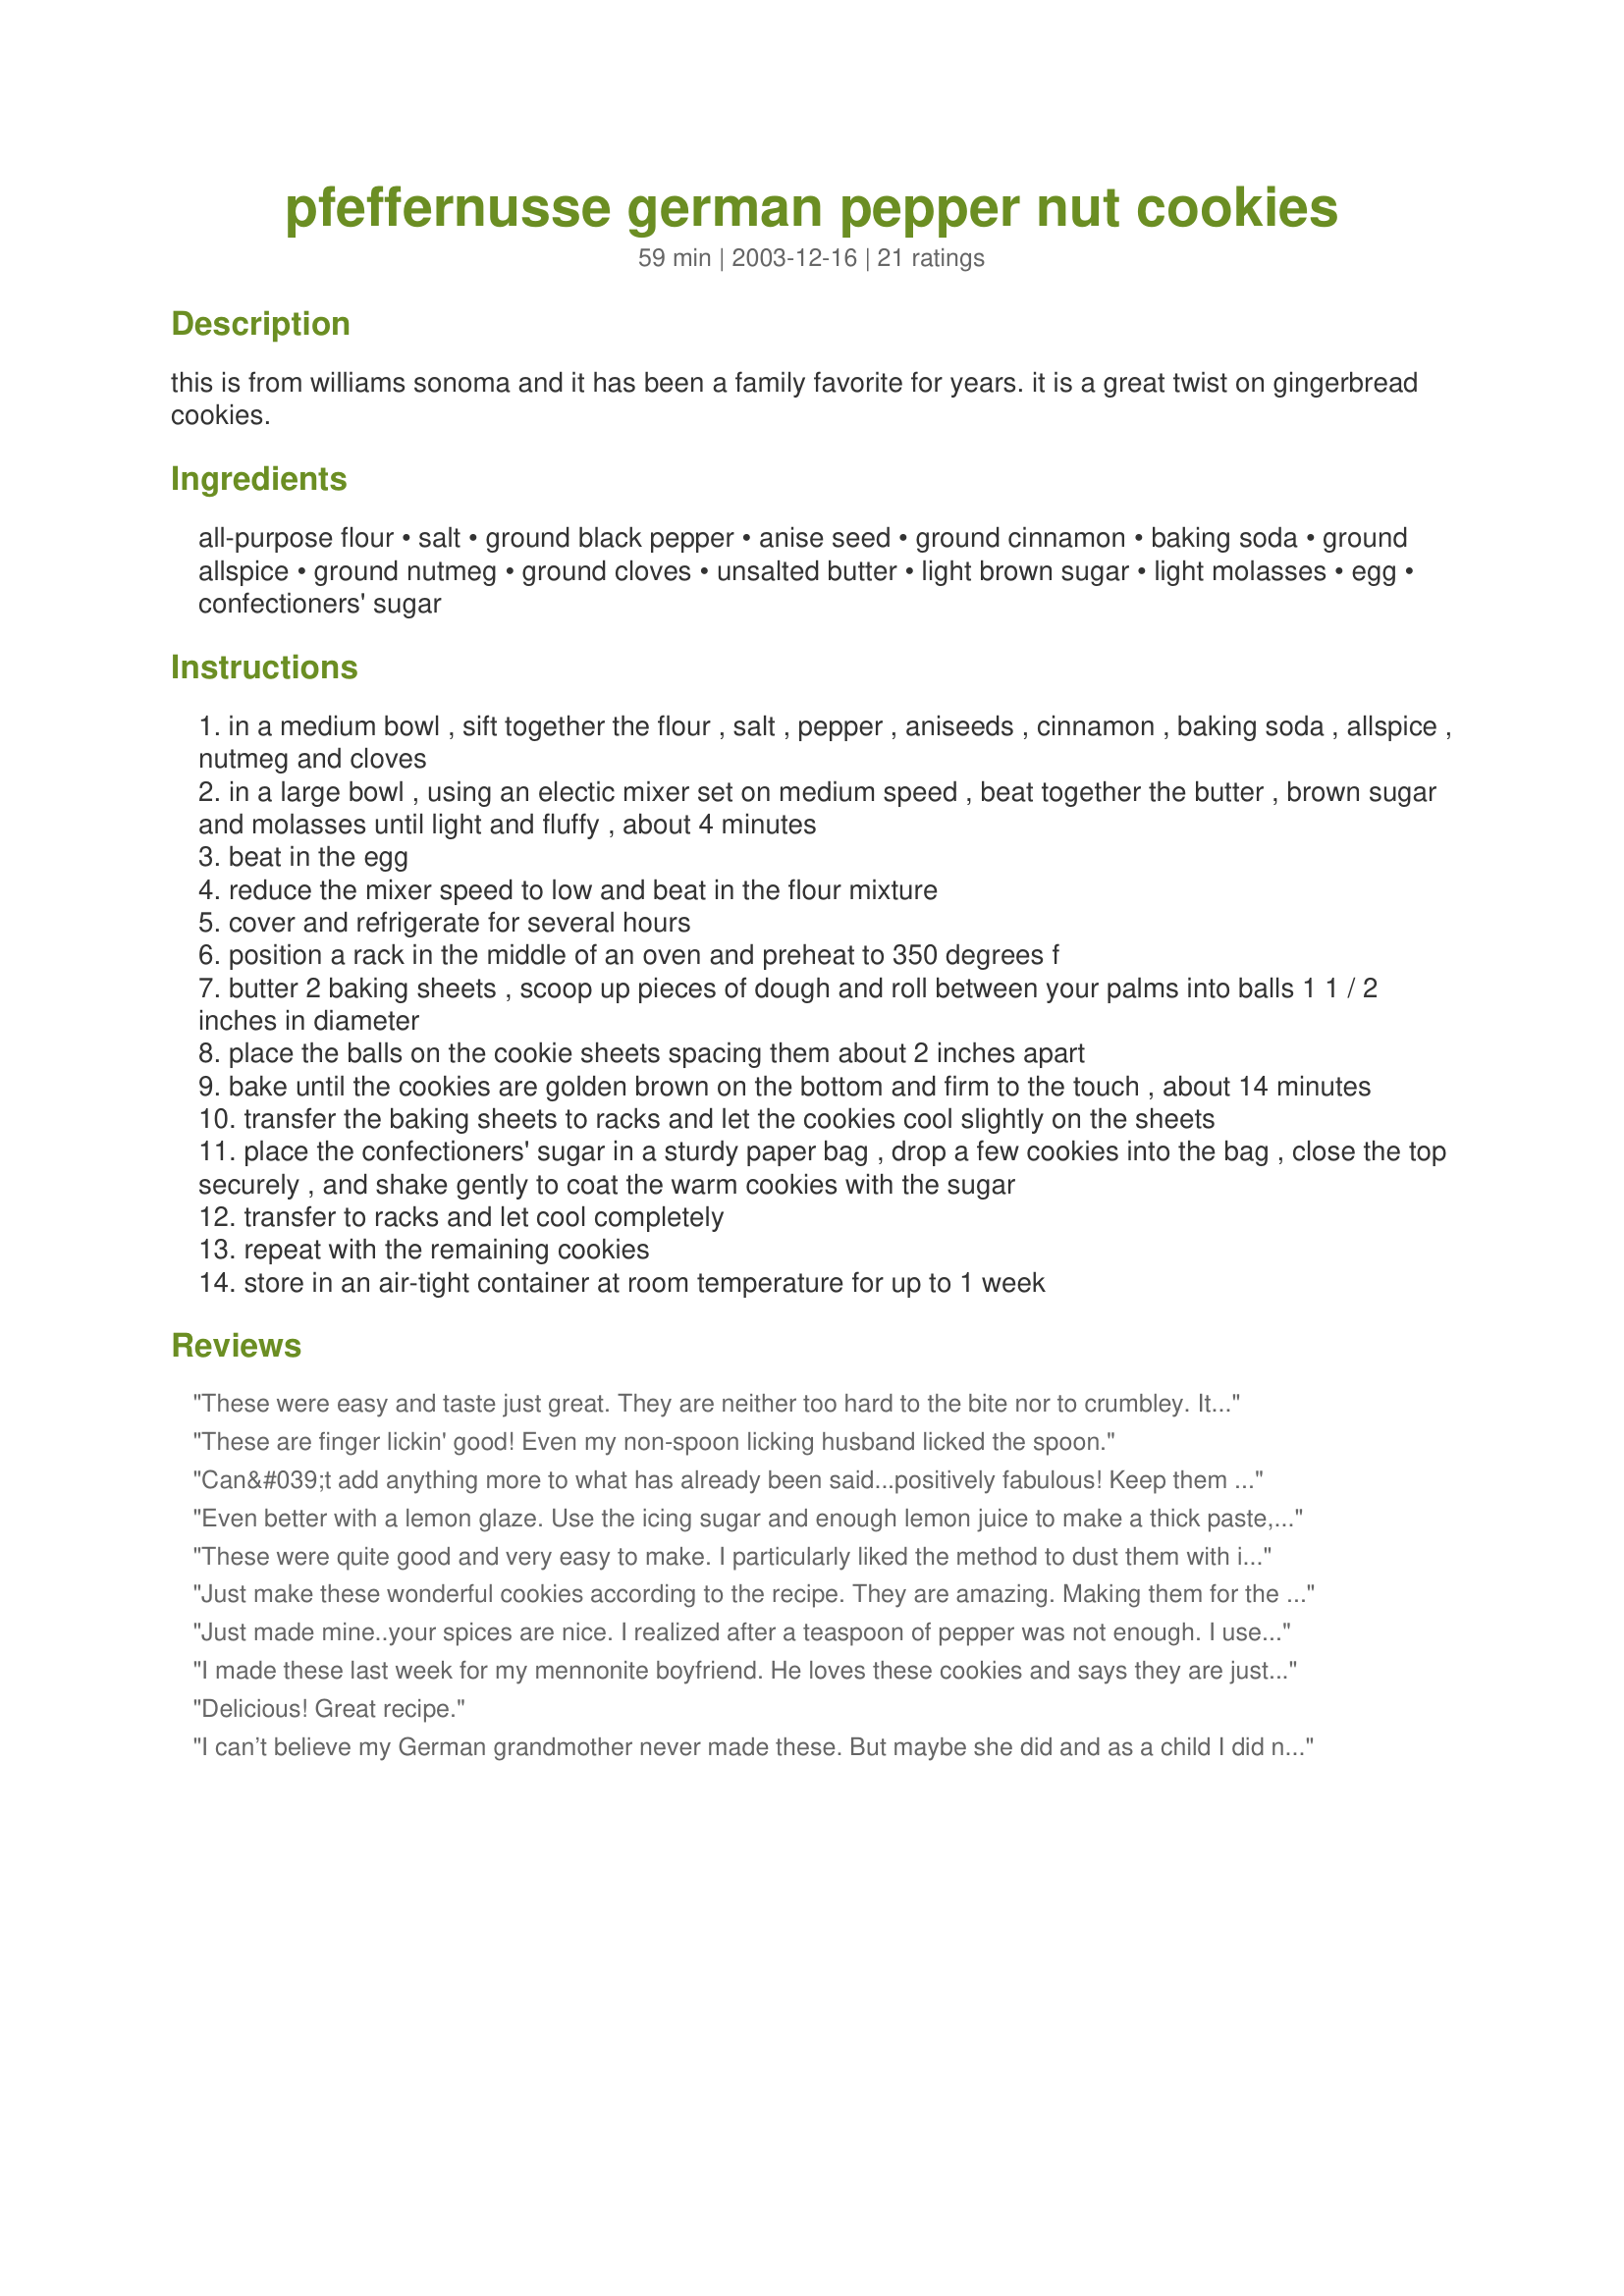
pfeffernusse german pepper nut cookies
Preparation time: 59 minutes

this is from williams sonoma and it has been a family favorite for years. it is a great twist on gingerbread cookies.

Ingredients:
all-purpose flour, salt, ground black pepper, anise seed, ground cinnamon, baking soda, ground allspice, ground nutmeg, ground cloves, unsalted butter, light brown sugar, light molasses, egg, confectioners' sugar

Steps:
in a medium bowl , sift together the flour , salt , pepper , aniseeds , cinnamon , baking soda , allspice , nutmeg and cloves
in a large bowl , using an electic mixer set on medium speed , beat together the butter , brown sugar and molasses until light and fluffy , about 4 minutes
beat in the egg
reduce the mixer speed to low and beat in the flour mixture
cover and refrigerate for several hours
position a rack in the middle of an oven and preheat to 350 degrees f
butter 2 baking sheets , scoop up pieces of dough and roll between your palms into balls 1 1 / 2 inches in diameter
place the balls on the cookie sheets spacing them about 2 inches apart
bake until the cookies are golden brown on the bottom and firm to the touch , about 14 minutes
transfer the baking sheets to racks and let the cookies cool slightly on the sheets
place the confectioners' sugar in a sturdy paper bag , drop a few cookies into the bag , close the top securely , and shake gently to coat the warm cookies with the sugar
transfer to racks and let cool completely
repeat with the remaining cookies
store in an air-tight container at room temperature for up to 1 week

Reviews:
These were easy and taste just great. They are neither too hard to the bite nor to crumbley. It is a keeper Thanks
These are finger lickin' good! Even my non-spoon licking husband licked the spoon.
Can&#039;t add anything more to what has already been said...positively fabulous! Keep them in a plastic bag with a couple of slices of bread to keep them a little soft. Delicious.
Even better with a lemon glaze. Use the icing sugar and enough lemon juice to make a thick paste, and coat the cookies with the glaze.
These were quite good and very easy to make. I particularly liked the method to dust them with icing sugar! I used golden syrup as I had no molasses. I did find I needed to use more anis, spices and more pepper, but perhaps my spices are not fresh. My husband really liked them but I was expecting something more chewy. Thanks!
Just make these wonderful cookies according to the recipe. They are amazing. Making them for the second time within a week. Just delicious. Enough said....
Just made mine..your spices are nice. I realized after a teaspoon of pepper was not enough. I used the wrong recipe and went through the Peppernut book and found I had picked the wrong one. We have raised our family on peppernuts at Christmas but never met anyone who made them and this is in Canada. My kids and their friends all loved them and would gobble them up. But it was too long a job to make them so I never met anyone that took the trouble. I still make them for my grandchildren and put them in sealers to let the spices set. I put nuts and more pepper than yours. Your spices are nice.
I made these last week for my mennonite boyfriend. He loves these cookies and says they are just like the ones he grew up with. Thank you for this recipe.
Delicious! Great recipe.
I can’t believe my German grandmother never made these. But maybe she did and as a child I did not like them. Anyway, these were very easy to make and tasted great. I used ¼ teaspoon of anise oil, as I did not have anise seed. I made mine smaller and got about 72 cookies and baked them 12 minutes. They could have been baked longer as they are suppose to be a harder cookie from what I hear. Thanks for sharing this recipe.
These are the best ever! We made them for our German themed thanksgiving. They were so good we ate them almost immediately!! We decided to bring them on our trip to Florida. I suggest you make them post haste!! That means make them right away.
I grew up with these cookies. We love these. This recipe we found to be excellent. Ofcourse we all have different tastes but as for us, we can not keep them around very long once they're ready to eat. Love them!!
I baked these last night for our Menu #22502. The directions were easy to follow and the cookies taste delicious! I rolled the cookies in the powdered sugar twice, although I find it easier to roll the cookies individually in a small bowl instead of a bag. (Less chance of them falling apart since they are still warm from the oven.) I was happy to see I could store them at room temperature until Christmas and free up refrigerator space. Thank you.
My husband LOVES these, although I did double the anise to make them more like the store bought ones.
1st of all, I have to say I personally HATE this cookie...always have, always will - just not my thing! That said - my husband was lying in bed reminissing over his mothers perfect pepper cookies - sigh, I never got the recipe, one evening this week.<br/><br/>Leave it to 'Zaar - here is one that is simple, great dough to work with and tastes just like his moms!<br/><br/>THANK YOU!
The BEST cookies I've ever made, followed other reviewers comments and added just a pinch more spices than called for (we love spicy)and used dark unsulfured molasses as that's what I had then followed the directions. Now I now why I always enjoy WS recipes. These are AWESOME, the inside nice and soft with a firm outer layer (be sure and not overcook) I think they'd be really good with a vanilla glaze too. Thanks so much for posting - I'm sure I'll have to make another batch before the holidays as fast as they are going. Made for Photo Forums 2010 Holiday
Average taste. Softer than I care for in this type of cookie.
Perfect!!. The texture is perfect! - Crispy, crunchy on the outside and softer on the inside. We like them spicy, so I double the spices. Thanks for sharing the recipe.
Just made 'em. Hope that they will be a bit tastier after they cool completely and sit for a bit. So far not impressed. For the record the cookies do not melt down AT ALL, so be careful when putting them on the pan. It will come out the same shape that it went in. I am giving this recipe a hopeful 3.5/5
I have never tried this type of cookie before and I am glad I gave it a shot! These will definitely be on the cookie tray next Christmas too. Thanks! I used 1/8 tsp. anise oil because that is all I had. It turned out wonderful. Thanks for sharing!
My German grandmother always had pfeffernusse on hand for the holidays, though I don't recall her ever making them from scratch. This past Christmas, I was feeling especially nostalgic and decided that I *needed* Pfeffernusse, and that store-bought just wouldn't do. I searched and searched for just the right recipe. THIS is IT. This was my first time making pfeffernusse, and they came out perfect. I brought a huge platter of them to my new fiance's family for their Christmas party, where the cookies were a huge hit. I took the rest and made a holiday "tree" out of them -- decorated with fake berries and leaves -- which I used as an edible centerpiece at our own holiday party. The only problem? Guests thought it was too pretty to eat! :)
